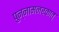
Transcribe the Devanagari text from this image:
पुन्नामनरकात्